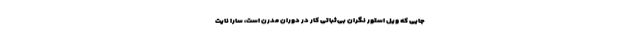
جایی که ویل استور نگران بی‌ثباتی کار در دوران مدرن است، سارا نایت